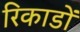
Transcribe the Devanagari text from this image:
रिकाडों